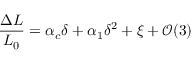
\frac { \Delta L } { L _ { 0 } } = \alpha _ { c } \delta + \alpha _ { 1 } \delta ^ { 2 } + \xi + \mathcal { O } ( 3 )